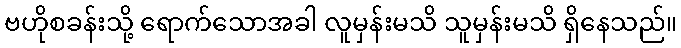
ဗဟိုစခန်းသို့ ရောက်သောအခါ လူမှန်းမသိ သူမှန်းမသိ ရှိနေသည်။